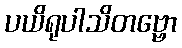
ပယိရုပါသိတဗ္ဗော